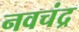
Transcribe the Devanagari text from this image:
नवचंद्र